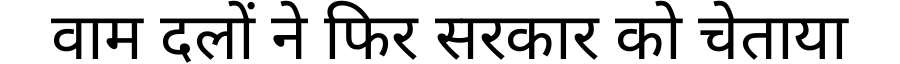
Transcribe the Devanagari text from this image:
वाम दलों ने फिर सरकार को चेताया